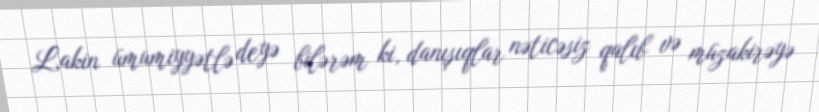
Lakin ümumiyyətlə deyə bilərəm ki, danışıqlar nəticəsiz qalıb və müzakirəyə